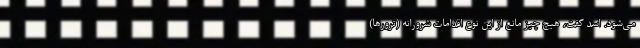
می‌شود. اسد گفت، هیچ چیز مانع از این نوع اقدامات شرورانه (ترورها)